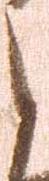
と